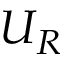
U _ { R }